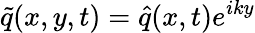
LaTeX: \tilde{q}(x,y,t)=\hat{q}(x,t)e^{iky}